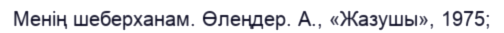
Менің шеберханам. Өлеңдер. А., «Жазушы», 1975;